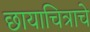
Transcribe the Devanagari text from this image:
छायाचित्राचे